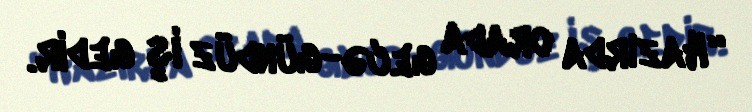
“Hazırda orada gecə-gündüz iş gedir.